Annual administration report of the Civil Veterinary Department of India - 1898-1899
Year: 1898
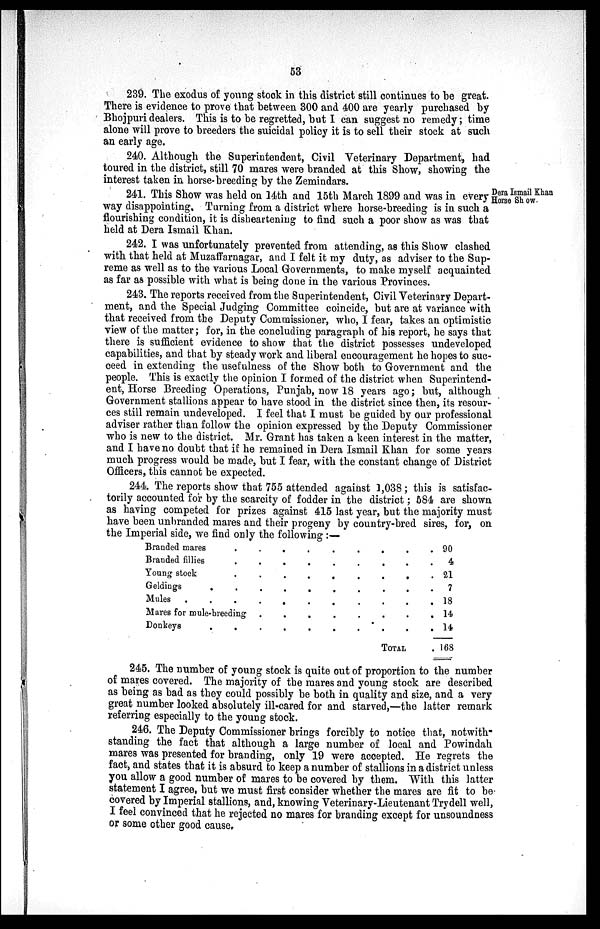
53
239. The exodus of young stock in this district still continues to be great.
There is evidence to prove that between 300 and 400 are yearly purchased by
Bhojpuri dealers. This is to be regretted, but I can suggest no remedy; time
alone will prove to breeders the suicidal policy it is to sell their stock at such
an early age.
240. Although the Superintendent, Civil Veterinary Department, had
toured in the district, still 70 mares were branded at this Show, showing the
interest taken in horse-breeding by the Zemindars.
Dera Ismail Khan
Horse Show.
241. This Show was held on 14th and 15th March 1899 and was in every
way disappointing. Turning from a district where horse-breeding is in such a
flourishing condition, it is disheartening to find such a poor show as was that
held at Dera Ismail Khan.
242. I was unfortunately prevented from attending, as this Show clashed
with that held at Muzaffarnagar, and I felt it my duty, as adviser to the Sup-
reme as well as to the various Local Governments, to make myself acquainted
as far as possible with what is being done in the various Provinces.
243. The reports received from the Superintendent, Civil Veterinary Depart-
ment, and the Special Judging Committee coincide, but are at variance with
that received from the Deputy Commissioner, who, I fear, takes an optimistic
view of the matter; for, in the concluding paragraph of his report, he says that
there is sufficient evidence to show that the district possesses undeveloped
capabilities, and that by steady work and liberal encouragement he hopes to suc-
ceed in extending the usefulness of the Show both to Government and the
people. This is exactly the opinion I formed of the district when Superintend-
ent, Horse Breeding Operations, Punjab, now 18 years ago; but, although
Government stallions appear to have stood in the district since then, its resour-
ces still remain undeveloped. I feel that I must be guided by our professional
adviser rather than follow the opinion expressed by the Deputy Commissioner
who is new to the district. Mr. Grant has taken a keen interest in the matter,
and I have no doubt that if he remained in Dera Ismail Khan for some years
much progress would be made, but I fear, with the constant change of District
Officers, this cannot be expected.
244. The reports show that 755 attended against 1,038; this is satisfac-
torily accounted for by the scarcity of fodder in the district; 584 are shown
as having competed for prizes against 415 last year, but the majority must
have been unbranded mares and their progeny by country-bred sires, for, on
the Imperial side, we find only the following:—
Branded mares
.
.
.
.
.
.
Branded fillies
.
.
.
.
.
.
Young stock
.
.
.
.
.
.
Geldings
.
.
.
.
.
.
Mules
.
.
.
.
.
.
Mares for mule-breeding
.
.
.
.
.
.
Donkeys
.
.
.
.
.
.
TOTAL
.
90
4
21
7
18
14
14
168
245. The number of young stock is quite out of proportion to the number
of mares covered. The majority of the mares and young stock are described
as being as bad as they could possibly be both in quality and size, and a very
great number looked absolutely ill-cared for and starved,—the latter remark
referring especially to the young stock.
246. The Deputy Commissioner brings forcibly to notice that, notwith-
standing the fact that although a large number of local and Powindah
mares was presented for branding, only 19 were accepted. He regrets the
fact, and states that it is absurd to keep a number of stallions in a district unless
you allow a good number of mares to be covered by them. With this latter
statement I agree, but we must first consider whether the mares are fit to be
covered by Imperial stallions, and, knowing Veterinary-Lieutenant Trydell well,
I feel convinced that he rejected no mares for branding except for unsoundness
or some other good cause.